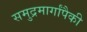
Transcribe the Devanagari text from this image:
समुद्रमार्गांपैकी